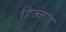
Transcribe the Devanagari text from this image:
हिज्जाह